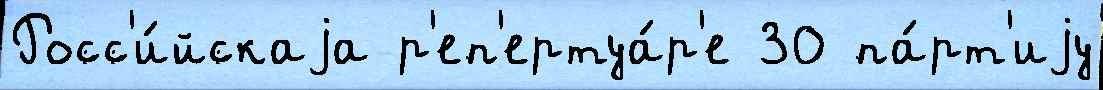
Росс'и́йскаjа р'еп'ертуа́р'е 30 па́рт'иjу